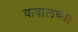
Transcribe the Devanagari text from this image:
कबालच्या